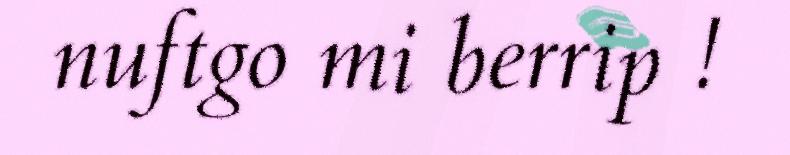
nuftgo mi berrip !